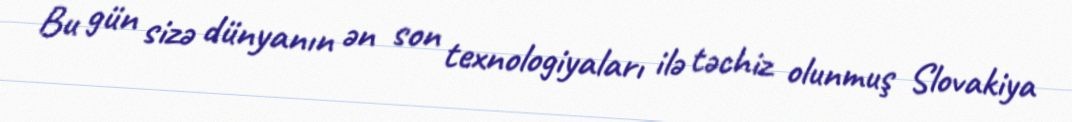
Bu gün sizə dünyanın ən son texnologiyaları ilə təchiz olunmuş Slovakiya